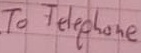
Text: To Telephne